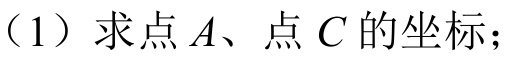
（1）求点\(A\)、点\(C\)的坐标；